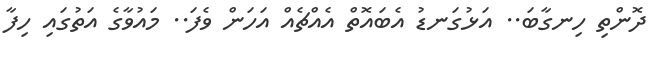
ދޮންތި ހިނގާބަ.. އަޅުގަނޑު އެބައޮތް އެއްޗެއް އަހަން ވެފަ.. މައުވާގެ އަތުގައި ހިފާ